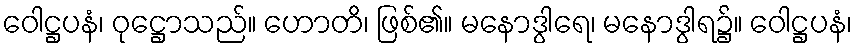
ဝေါဋ္ဌပနံ၊ ဝုဋ္ဌောသည်။ ဟောတိ၊ ဖြစ်၏။ မနောဒွါရေ၊ မနောဒွါရ၌။ ဝေါဋ္ဌပနံ၊